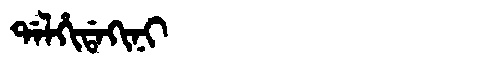
Manchu: ᡩᠠᠯᡥᡳᡩᠠᡴᡳᠨᡳ
Romanization: DALHIDAKINI